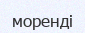
моренді